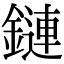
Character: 鏈